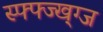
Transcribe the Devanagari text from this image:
स्फ्फ्ज्ख्ग्ज